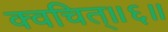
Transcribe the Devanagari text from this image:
क्वचित्॥६॥